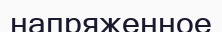
напряженное